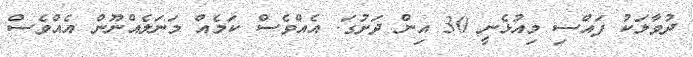
ދުވާލަކު ފައްސި މިއުޅެނީ 30 އިން ދަށުގަ. އެއްވެސް ކަމެއް މަނަލެއްނޫން އެއްވެސް